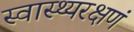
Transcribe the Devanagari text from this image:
स्वास्थ्यरक्षणं